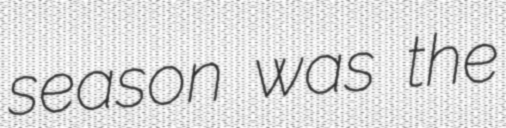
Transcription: season was the